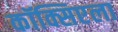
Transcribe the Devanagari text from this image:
कॉक्सिएला